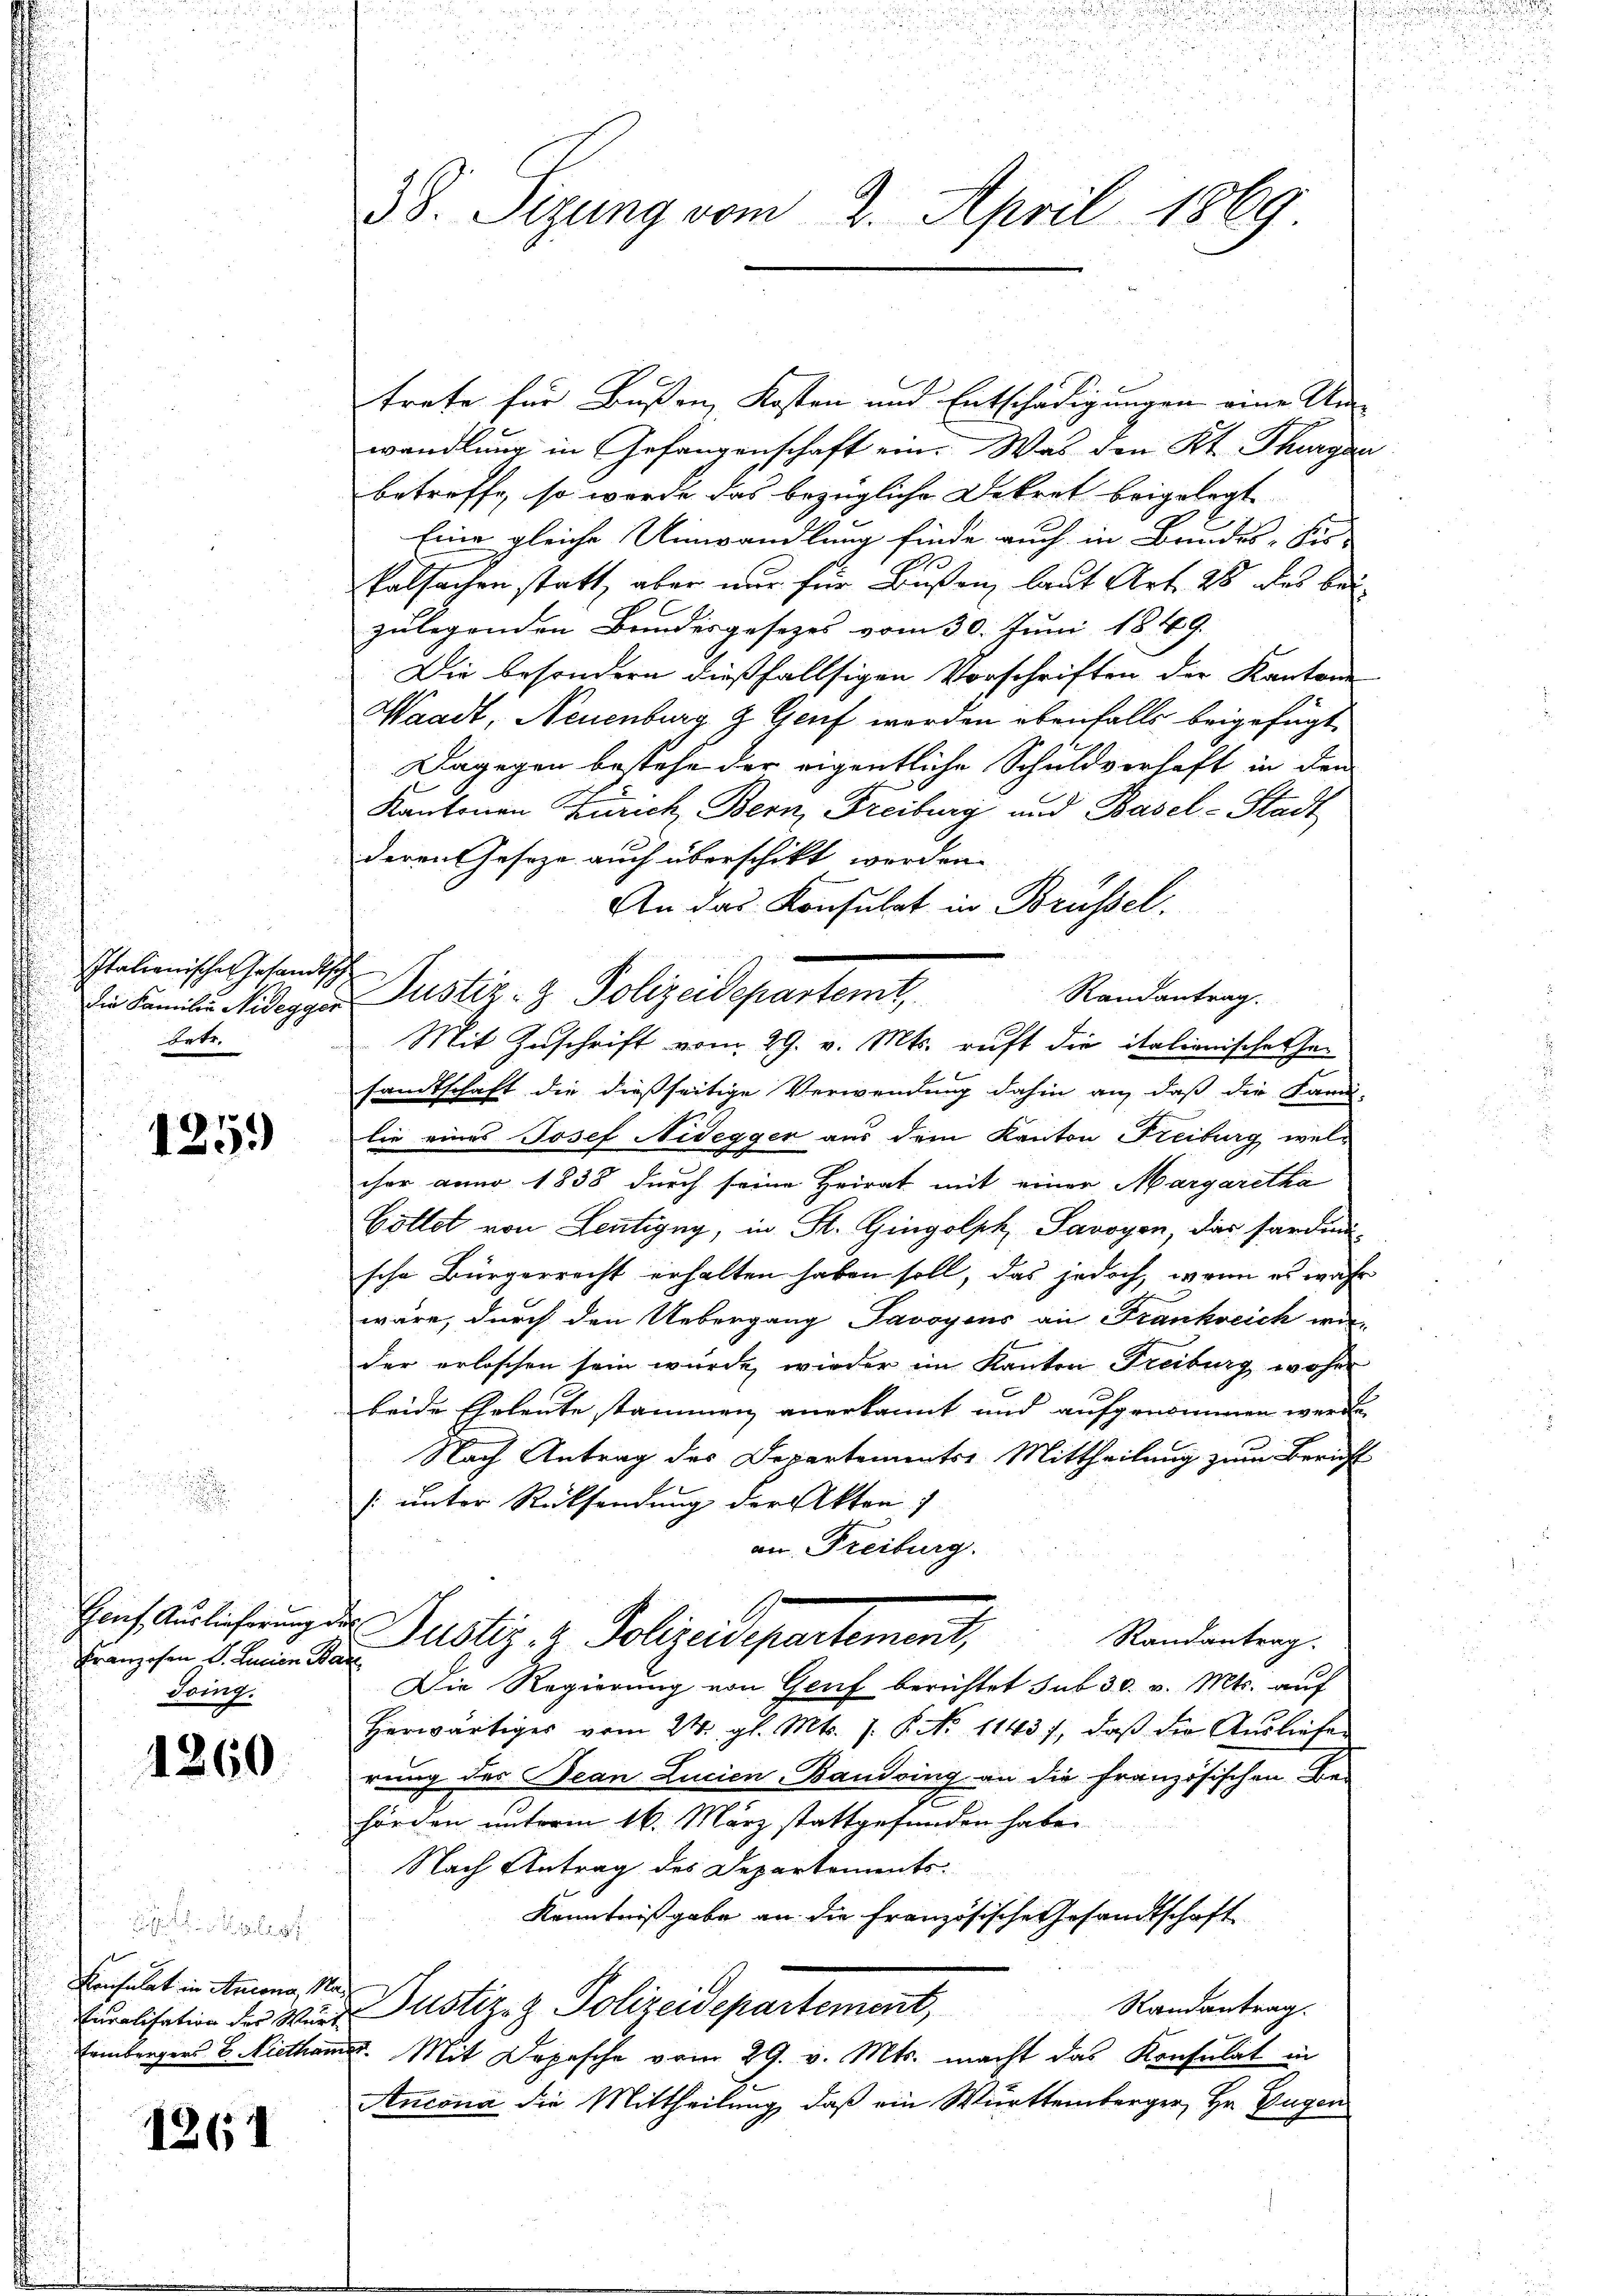
Italienischen Gesandtsc
die Familie Nidegger
betr.

125.)

Genf. Auslieferung e
Franzosen v. Lucian Be
Soing.

1260

g
Konsulat in Ancona, No
turalisation des Wür
embergers E. Niethan

1261

38. Sizung vom 2. April 1869

trete für Bußen, Kosten und Entschädigungen eine Unwandlung in Gefangenschaft ein. Was den Kt. Thurgau
betreffe, so wurde das bezügliche Dekret beigelegt
Eine gleiche Umwandlung finde auch in Bundes-Kir-
Palsachen statt, aber nur für Bußen, laut Art. 28 des bei
zulegenden Bundesgesetzes vom 30. Juni 1849
Die besondern dießfallsigen Vorschriften der Kantone
Waadt, Neuenburg & Genf werden ebenfalls beigefügt,
Dagegen bestehe der eigentliche Schuldverhaft in dem
Kantonen Zürich Bern Freiburg und Basel-Stadt
deren Geseze auch überschikt worden.
An das Konsulat in Brüssel.
.
Justiz- & Polizeidepartemt,
Randantrag.
Mit Zuschrift vom 29. v. Mts. ruft die italionischer Gesandtschaft die dießseitige Verwendung dahin an, daß die Fami-
lie eines Josef Nidegger aus dem Kanton Freiburg welcher anno 1838 durch seine Heirat mit einer Margaretha
Göttet von Leutigny, in St. Gingolph, Savoyen das Sardini-
sche Bürgerrecht erhalten haben soll, das jedoch, wenn es wahr
wäre, durch den Uebergang Savoyens an Frankreich war-
der erloschen sein wurde, wieder im Kanton Freiburg woher
beide Eheleute stammen anerkannt und aufgenommen werden.
Nach Antrag des Departements Mittheilung zum Beruft
/: unter Rücksendung der Akten
an Freiburg.
Justiz- & Polizeidepartement,
Randantrag.
Die Regierung von Genf berichtet sub 30. v. Mts. auf
herwärtiger vom 24. gl. Mts. 1. P. No 11437, daβ die Aŭsliefe
rung der Bean Lucien-Bandsing an die Französischen Be-
hörden unterm 16. März stattgefunden habe.
Nach Antrag des Departements-
Kenntnißgabe an die Französische Gesandtschaft
Randantrag.
Justiz- & Polizeidepartement,
v. Mit Depesche vom 29. v. Mts. macht das Konsulat in
Ancona die Mittheilung, daß ein Württemberger, Hr. Eugen